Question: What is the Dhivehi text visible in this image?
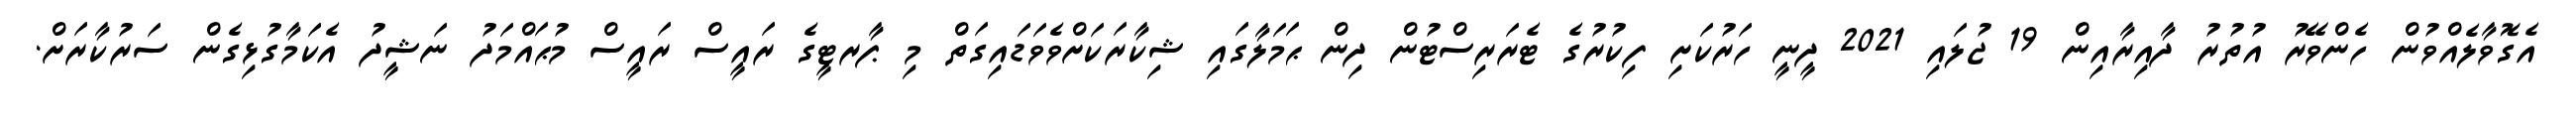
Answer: އެގޮވާލެއްވުން ހެންވޭރު އުތުރު ދާއިރާއިން 19 ޖުލައި 2021 ދީނީ ހަރުކަށި ފިކުރުގެ ޓެރަރިސްޓުން ދިން ޙަމަލާގައި ޝިކާރަކަށްވެވަޑައިގަތް މި ޕާރޓީގެ ރައީސް ރައީސް މުޙައްމަދު ނަޝީދު އެކަމާގުޅިގެން ސަރުކާރަށް.